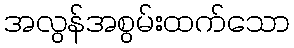
အလွန်အစွမ်းထက်သော